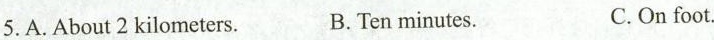
5.A.About 2 kilometers. B.Ten minutes. C.On foot.